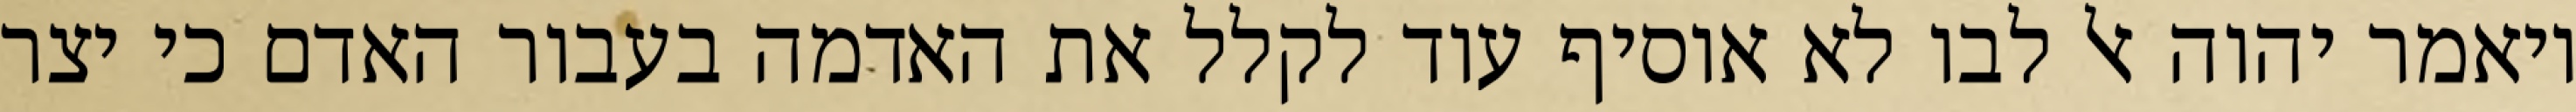
ויאמר יהוה אל לבו לא אוסיף עוד לקלל את האדמה בעבור האדם כי יצר